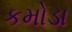
કમોડા